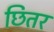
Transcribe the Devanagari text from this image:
छितर